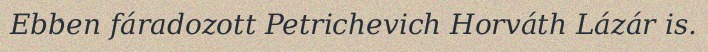
Ebben fáradozott Petrichevich Horváth Lázár is.